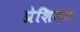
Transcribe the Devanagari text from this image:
प्रेशिज़न